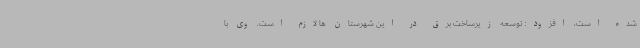
شده است، افزود: توسعه زیرساخت برق در این شهرستان ها لازم است. وی با